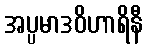
အပ္ပမာဒဝိဟာရိနီ